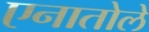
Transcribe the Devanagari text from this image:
एनातोले